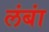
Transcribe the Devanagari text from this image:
लंबां